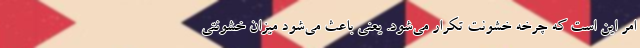
امر این است که چرخه خشونت تکرار می‌شود. یعنی باعث می‌شود میزان خشونتی